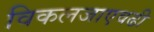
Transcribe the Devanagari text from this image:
विकलजाएवढी